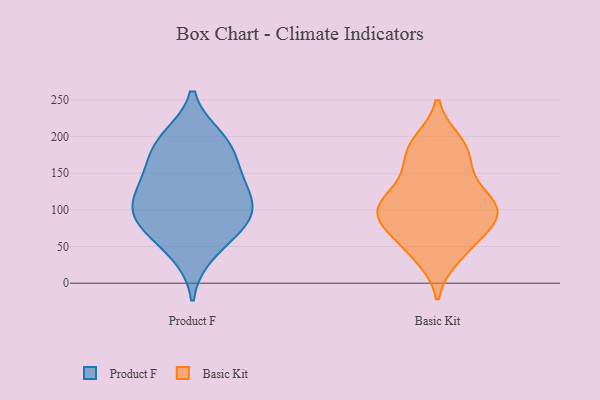
{"axis": {"x": "Page Views", "y": "Value"}, "legend": ["Basic Kit", "Product F"], "data": [{"x": "", "y": 184, "type": "Product F"}, {"x": "", "y": 86, "type": "Product F"}, {"x": "", "y": 158, "type": "Product F"}, {"x": "", "y": 198, "type": "Product F"}, {"x": "", "y": 134, "type": "Product F"}, {"x": "", "y": 107, "type": "Product F"}, {"x": "", "y": 85, "type": "Product F"}, {"x": "", "y": 141, "type": "Product F"}, {"x": "", "y": 40, "type": "Product F"}, {"x": "", "y": 94, "type": "Product F"}, {"x": "", "y": 193, "type": "Product F"}, {"x": "", "y": 66, "type": "Product F"}, {"x": "", "y": 113, "type": "Product F"}, {"x": "", "y": 36, "type": "Basic Kit"}, {"x": "", "y": 136, "type": "Basic Kit"}, {"x": "", "y": 149, "type": "Basic Kit"}, {"x": "", "y": 105, "type": "Basic Kit"}, {"x": "", "y": 192, "type": "Basic Kit"}, {"x": "", "y": 68, "type": "Basic Kit"}, {"x": "", "y": 41, "type": "Basic Kit"}, {"x": "", "y": 104, "type": "Basic Kit"}, {"x": "", "y": 58, "type": "Basic Kit"}, {"x": "", "y": 183, "type": "Basic Kit"}, {"x": "", "y": 105, "type": "Basic Kit"}, {"x": "", "y": 99, "type": "Basic Kit"}, {"x": "", "y": 188, "type": "Basic Kit"}, {"x": "", "y": 111, "type": "Basic Kit"}, {"x": "", "y": 92, "type": "Basic Kit"}, {"x": "", "y": 170, "type": "Basic Kit"}, {"x": "", "y": 81, "type": "Basic Kit"}, {"x": "", "y": 94, "type": "Basic Kit"}]}